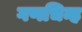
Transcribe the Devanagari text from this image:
गणचिन्ह